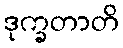
ဒုက္ခတာတိ